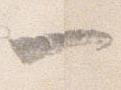
一